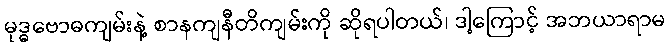
မုဒ္ဓဗောဓကျမ်းနဲ့ စာနကျနီတိကျမ်းကို ဆိုရပါတယ်၊ ဒါ့ကြောင့် အဘယာရာမ